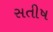
સતીષ